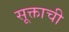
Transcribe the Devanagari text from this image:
सूक्ताची